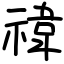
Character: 禕